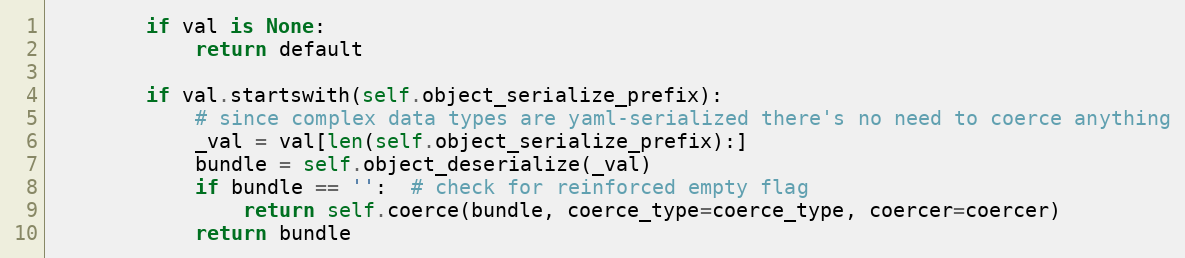
Language: Python
        if val is None:
            return default

        if val.startswith(self.object_serialize_prefix):
            # since complex data types are yaml-serialized there's no need to coerce anything
            _val = val[len(self.object_serialize_prefix):]
            bundle = self.object_deserialize(_val)
            if bundle == '':  # check for reinforced empty flag
                return self.coerce(bundle, coerce_type=coerce_type, coercer=coercer)
            return bundle